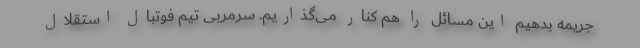
جریمه بدهیم این مسائل را هم کنار می‌گذاریم. سرمربی تیم فوتبال استقلال